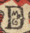
B